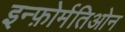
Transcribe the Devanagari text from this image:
इन्फ़ोर्मतिओन